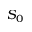
S _ { 0 }